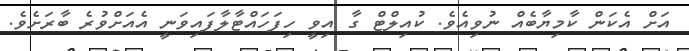
އަށް އެކަން ކާމިޔާބެއް ނުވިއެވެ. ކުއިލްޓް ގާ އިވީ ހިފަހައްޓާލާފައިވަނީ އެއަށްވުރެ ބާރަށެވެ.